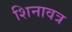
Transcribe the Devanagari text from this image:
शिनावत्र